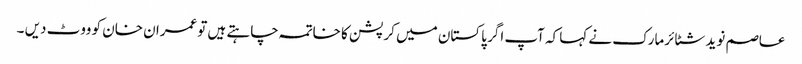
عاصم نوید شٹائرمارک نے کہا کہ آپ اگر پاکستان میں کرپشن کا خاتمہ چاہتے ہیں توعمران خان کو ووٹ دیں ۔